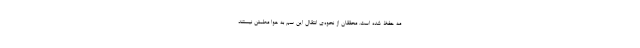
مه حفظ شده است. محققان از نحوه‌ی انتقال این سم به هوا مطمئن نیستند